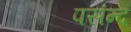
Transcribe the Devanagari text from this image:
पसंन्द